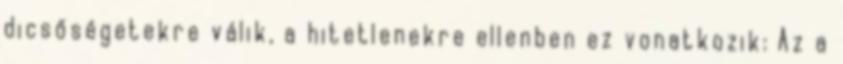
dicsőségetekre válik, a hitetlenekre ellenben ez vonatkozik: Az a